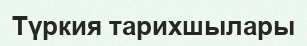
Түркия тарихшылары